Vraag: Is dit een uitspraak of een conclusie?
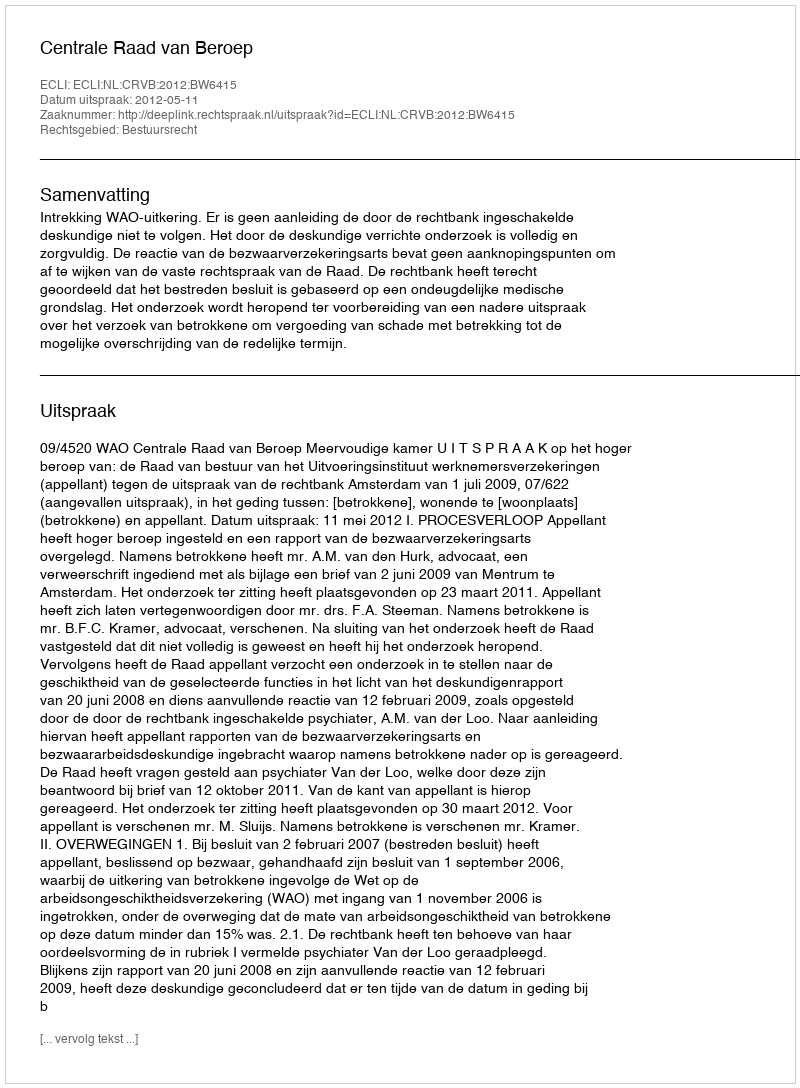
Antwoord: Uitspraak